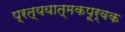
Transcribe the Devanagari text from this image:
प्रत्ययात्मकपूर्वक